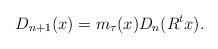
LaTeX: \begin{align*}D_{n+1}(x)=m_\tau(x)D_n(R^{t}x).\end{align*}